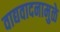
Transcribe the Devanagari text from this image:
वाद्यवादनामुळे